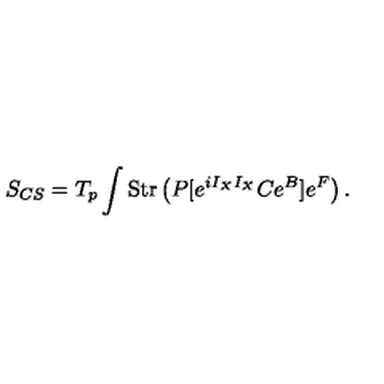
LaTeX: S _ { C S } = T _ { p } \int \mathrm { S t r } \left( P [ e ^ { i I _ { X } I _ { X } } C e ^ { B } ] e ^ { F } \right) .